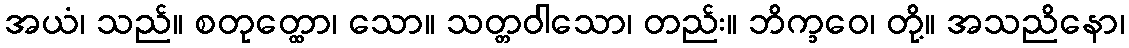
အယံ၊ သည်။ စတုတ္ထော၊ သော။ သတ္တဝါသော၊ တည်း။ ဘိက္ခဝေ၊ တို့။ အသညိနော၊